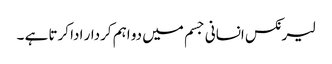
لیرنکس انسانی جسم میں دو اہم کردار ادا کرتا ہے ۔